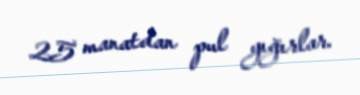
25 manatdan pul yığırlar.